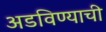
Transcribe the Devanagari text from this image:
अडविण्याची